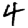
Digit: 4